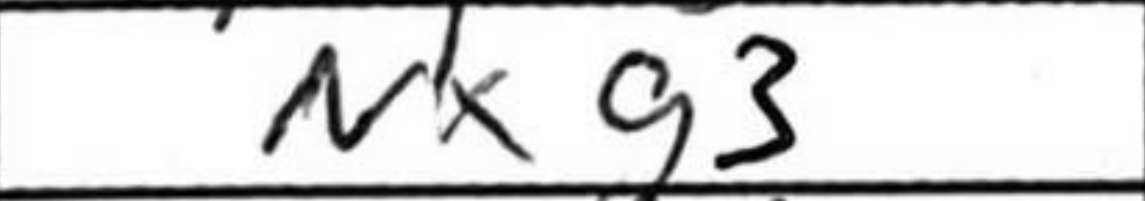
Transcription: Nxg3